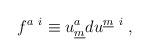
LaTeX: \begin{align*}f^{a~i} \equiv u^{a}_{\underline m} d u^{\underline m~i}\; ,\end{align*}